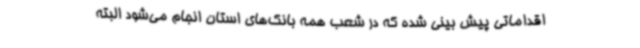
اقداماتی پیش بینی شده که در شعب همه بانک‌های استان انجام می‌شود البته